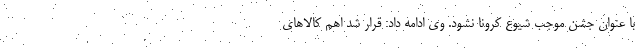
با عنوان جشن موجب شیوع کرونا نشود. وی ادامه داد: قرار شد اهم کالاهای